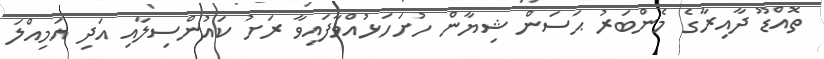
ތޮއްޑޫ ދާއިރާގެ މެންބަރު ޙަސަން ޝިޔާން ހުށަހަޅުއްވާފައިވާ ރަށު ކައުންސިލާއި އަދި އަމިއްލަ